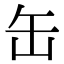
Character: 缶